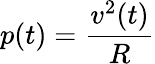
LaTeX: p(t)={\frac{v^{2}(t)}{R}}